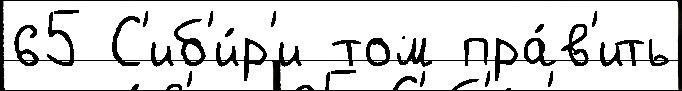
65 С'иб'и́р'и том пра́в'ить